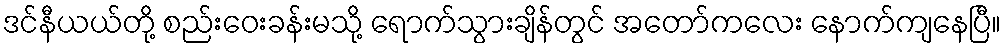
ဒင်နီယယ်တို့ စည်းဝေးခန်းမသို့ ရောက်သွားချိန်တွင် အတော်ကလေး နောက်ကျနေပြီ။